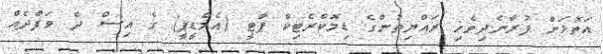
އަތޮޅަށް ފުރާނެދިވެހި ރައްޔިތުންގެ ޑިމޮކްރެޓިކް ޕާޓީ (އެމްޑީޕީ) ގެ އިސް ދެ ވަފްދެއް